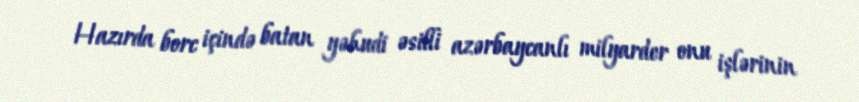
Hazırda borc içində batan yəhudi əsilli azərbaycanlı milyarder onu işlərinin